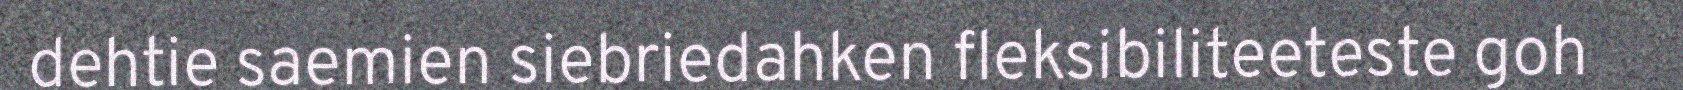
dehtie saemien siebriedahken fleksibiliteeteste goh